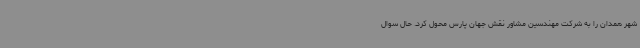
شهر همدان را به شرکت مهندسین مشاور نقش جهان پارس محول کرد. حال سوال